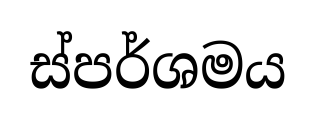
ස්පර්ශමය